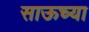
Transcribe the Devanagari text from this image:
साऊच्या